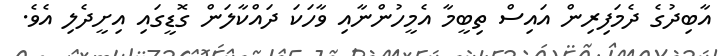
އާބިދުގެ ދެމަފިރިން އައިސް ތިބީމާ އެމީހުންނާއި ވާހަކަ ދައްކާލަން ގޮޑީގައި އިށީދެލި އެވެ.